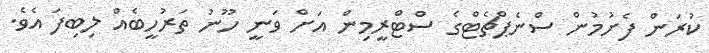
ކުރަން ފެށުމުން ސްނެޕްޗެޓްގެ ސްޓްރީމިން އަށް ވަނީ ހޫނު ތަރުހީބެއް ލިބިފަ އެވެ.